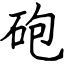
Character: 砲